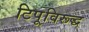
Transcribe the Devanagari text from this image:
टिपूविरूद्ध